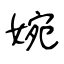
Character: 婉